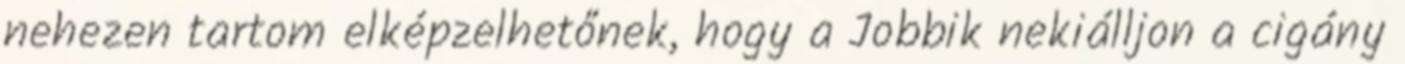
nehezen tartom elképzelhetőnek, hogy a Jobbik nekiálljon a cigány